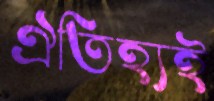
ঐতিহ্যই